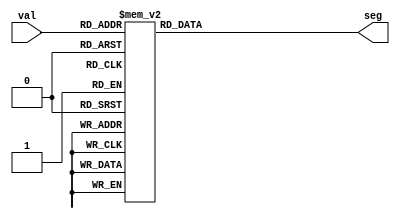
module seg7_dec (
    input      [3:0] val,
    output reg [6:0] seg
);

always @(*)
begin
    case (val[3:0])
        4'h0:    seg[6:0] = 7'b111_1110;
        4'h1:    seg[6:0] = 7'b011_0000;
        4'h2:    seg[6:0] = 7'b110_1101;
        4'h3:    seg[6:0] = 7'b111_1001;
        4'h4:    seg[6:0] = 7'b011_0011;
        4'h5:    seg[6:0] = 7'b101_1011;
        4'h6:    seg[6:0] = 7'b101_1111;
        4'h7:    seg[6:0] = 7'b111_0000;
        4'h8:    seg[6:0] = 7'b111_1111;
        4'h9:    seg[6:0] = 7'b111_1011;

        4'hA:    seg[6:0] = 7'b111_0111;
        4'hB:    seg[6:0] = 7'b001_1111;
        4'hC:    seg[6:0] = 7'b100_1110;
        4'hD:    seg[6:0] = 7'b011_1101;
        4'hE:    seg[6:0] = 7'b110_1111;
        default: seg[6:0] = 7'b100_0111;
    endcase
end

endmodule